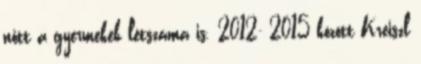
nőtt a gyermekek létszáma is. 2012- 2015 között Kreiszl